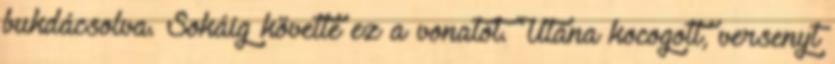
bukdácsolva. Sokáig követte ez a vonatot. Utána kocogott, versenyt